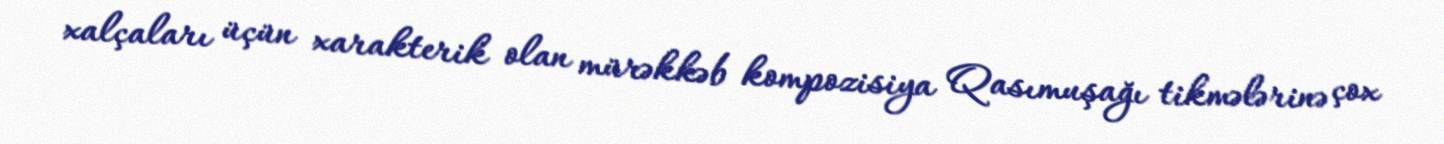
xalçaları üçün xarakterik olan mürəkkəb kompozisiya Qasımuşağı tikmələrinə çox